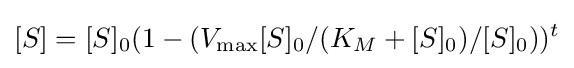
[S]=[S]_{0}(1-(V_{\max }[S]_{0}/(K_{M}+[S]_{0})/[S]_{0}))^{t}